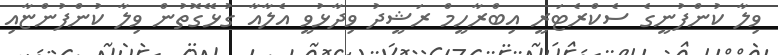
ވިލާ ކުންފުނީގެ ސެކްރެޓަރީ އިބްރާހީމް ރަޝީދު ވިދާޅުވީ އެލާއާ ގުޅޭގޮތުން ވިލާ ކުންފުންޏާއި